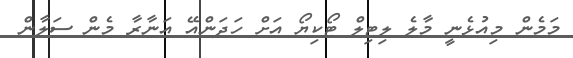
މަމެން މިއުޅެނީ މާލެ ލިޓިލް ޓޯކިޔޯ އަށް ހަދަންއޭ އަނާރާ މެން ސަލާން